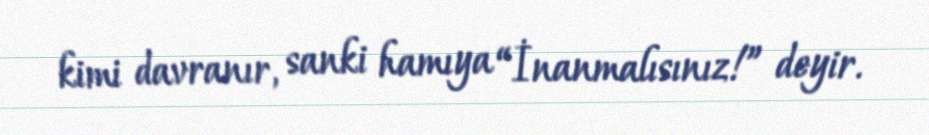
kimi davranır, sanki hamıya “İnanmalısınız!” deyir.